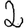
Digit: 2